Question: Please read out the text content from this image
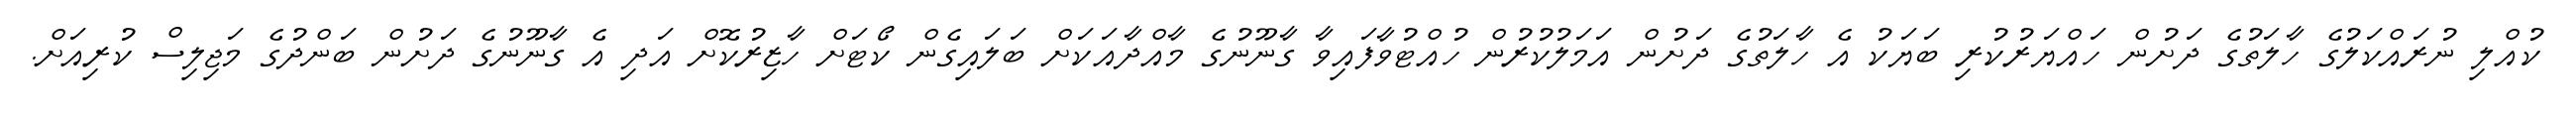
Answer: ކުއްލި ނުރައްކަލުގެ ހާލަތުގެ ދަށުން ހައްޔަރުކުރި ބަޔަކު އެ ހާލަތުގެ ދަށުން އަމަލުކުރުން ހުއްޓުވާފައިވާ ގާނޫނުގެ މާއްދާއަކަށް ބަލައިގެން ކޯޓަށް ހާޒިރުކޮށް އަދި އެ ގާނޫނުގެ ދަށުން ބަންދުގެ މަޖިލިސް ކުރިއަށް.